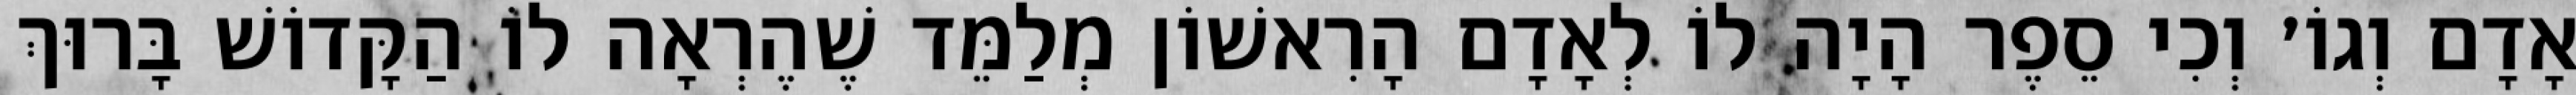
אָדָם וְגוֹ׳ וְכִי סֵפֶר הָיָה לוֹ לְאָדָם הָרִאשׁוֹן מְלַמֵּד שֶׁהֶרְאָה לוֹ הַקָּדוֹשׁ בָּרוּךְ